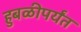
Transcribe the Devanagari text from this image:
हुबळीपर्यंत